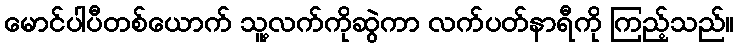
မောင်ပါပီတစ်ယောက် သူ့လက်ကိုဆွဲကာ လက်ပတ်နာရီကို ကြည့်သည်။